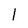
Character: l